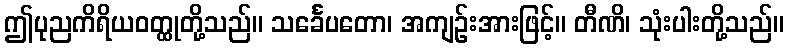
ဤပုညကိရိယဝတ္ထုတို့သည်။ သင်္ခေပတော၊ အကျဉ်းအားဖြင့်။ တီဏိ၊ သုံးပါးတို့သည်။